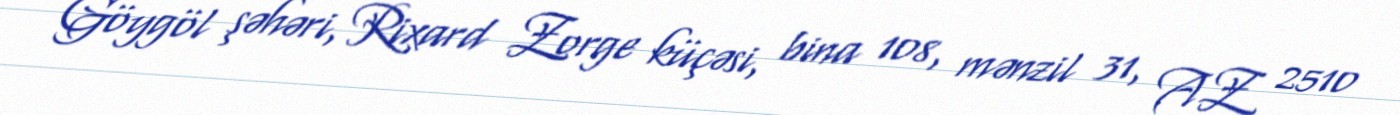
Göygöl şəhəri, Rixard Zorge küçəsi, bina 108, mənzil 31, AZ 2510